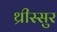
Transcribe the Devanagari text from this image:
थ्रीस्सुर